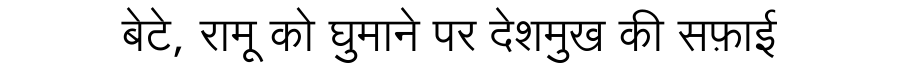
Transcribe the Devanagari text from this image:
बेटे, रामू को घुमाने पर देशमुख की सफ़ाई